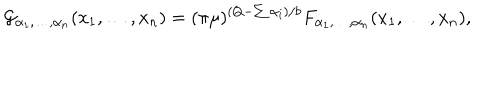
LaTeX: { \cal G } _ { \alpha _ { 1 } , \ldots , \alpha _ { n } } ( x _ { 1 } , \ldots , x _ { n } ) = ( \pi \mu ) ^ { ( Q - \sum \alpha _ { i } ) / b } F _ { \alpha _ { 1 } , \ldots , \alpha _ { n } } ( x _ { 1 } , \ldots , x _ { n } ) ,